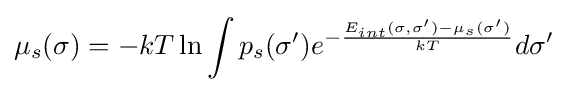
\mu _{s}(\sigma )=-kT\ln \int p_{s}(\sigma ')e^{-{\frac {E_{int}(\sigma ,\sigma ')-\mu _{s}(\sigma ')}{kT}}}d\sigma '